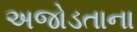
અજોડતાના